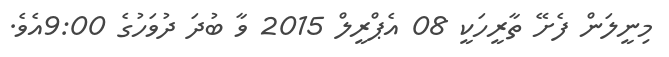
މިނީލަން ފެށޭ ތާރީހަކީ 08 އެޕްރީލް 2015 ވާ ބުދަ ދުވަހުގެ 9:00އެވެ.